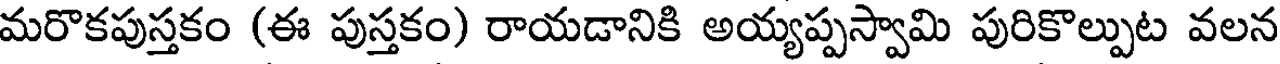
మరొకపుస్తకం (ఈ పుస్తకం) రాయడానికి అయ్యప్పస్వామి పురికొల్పుట వలన